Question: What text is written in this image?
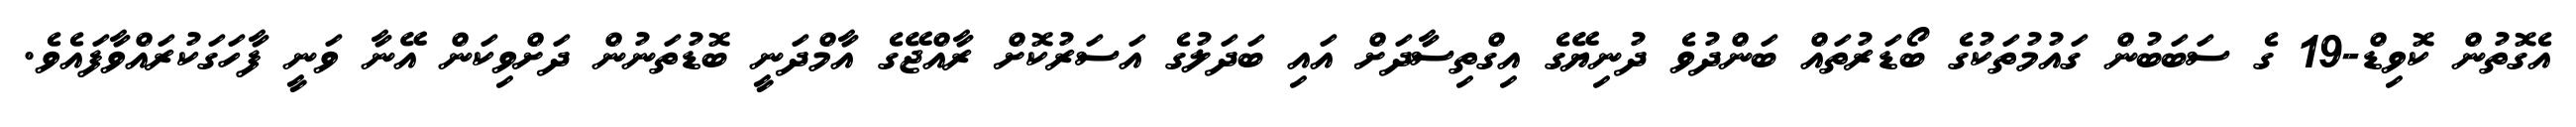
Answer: އެގޮތުން ކޮވިޑް-19 ގެ ސަބަބުން ގައުމުތަކުގެ ބޯޑަރުތައް ބަންދުވެ ދުނިޔޭގެ އިގްތިސާދަށް އައި ބަދަލުގެ އަސަރުކޮށް ރާއްޖޭގެ އާމްދަނީ ބޮޑުތަނުން ދަށްވިކަން އޭނާ ވަނީ ފާހަގަކުރައްވާފައެވެ.